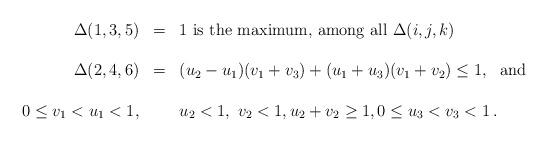
LaTeX: \begin{align*} \begin{array}{rcl}\Delta(1,3,5) & = & 1\mbox{ is the maximum, among all }\Delta(i,j,k)\\&\\ \Delta(2,4,6) &=& (u_2- u_1)(v_1+ v_3) + (u_1 + u_3)(v_1 + v_2) \le 1 ,\ \mbox{ and }\\& &\\0\le v_1<u_1<1,& & u_2<1,\ v_2<1, u_2+v_2\ge 1,0\le u_3<v_3<1\,.\end{array}\end{align*}